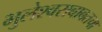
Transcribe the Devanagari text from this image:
भुलेश्वराबाबतचा